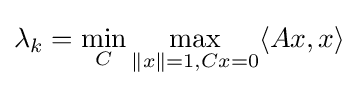
\lambda _{k}=\min \limits _{C}\max \limits _{{\|x\|=1},{Cx=0}}\langle Ax,x\rangle